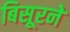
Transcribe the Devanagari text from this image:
बिसूरने